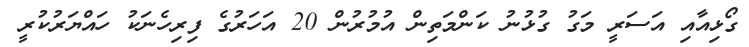
ގޯޅިއާއި އަސަރީ މަގު ގުޅުނު ކަންމަތިން އުމުރުން 20 އަހަރުގެ ފިރިހެނަކު ހައްޔަރުކުރީ